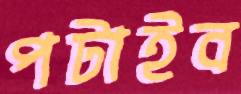
পটাইব